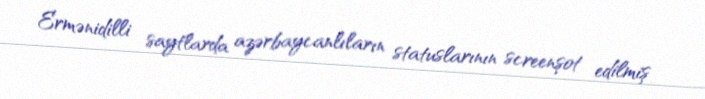
Ermənidilli saytlarda azərbaycanlıların statuslarının screenşot edilmiş